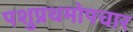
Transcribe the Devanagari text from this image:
पशुप्रथमोपचार